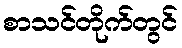
စာသင်တိုက်တွင်